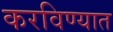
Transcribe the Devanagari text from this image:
करविण्यात